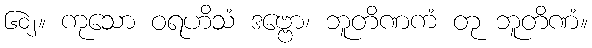
၆၀၂။ ကုသော ဝရဟိသံ ဒဗ္ဗော၊ ဘူတိဏကံ တု ဘူတိဏံ။